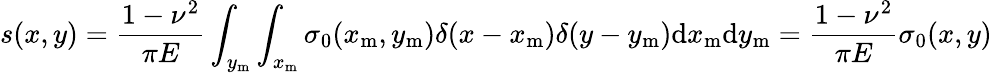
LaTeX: s(x,y)=\frac{1-\nu^{2}}{\pi E}\int_{y_{\mathrm{m}}}\int_{x_{\mathrm{m}}}\sigma_{0}(x_{\mathrm{m}},y_{\mathrm{m}})\delta(x-x_{\mathrm{m}})\delta(y-y_{\mathrm{m}})\mathrm{d}x_{\mathrm{m}}\mathrm{d}y_{\mathrm{m}}=\frac{1-\nu^{2}}{\pi E}\sigma_{0}(x,y)